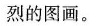
烈的图画。